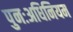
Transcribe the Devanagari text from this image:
पुनःअधिनियम